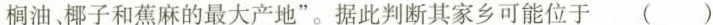
油、椰子和蕉麻的最大产地”。据此判断其家乡可能位于()